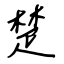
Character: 楚